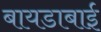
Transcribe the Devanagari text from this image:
बायडाबाई